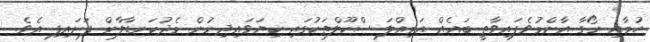
ހުމާއި ރޯގާ އާންމުވެފައިވާތީ ބައެއް އަމިއްލަ ސްކޫލްތަކުގައި ކިޔަވައިދިނުން މެދުކަނޑާލާން ފަށައިފި އެވެ.